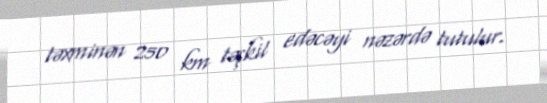
təxminən 250 km təşkil edəcəyi nəzərdə tutulur.